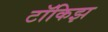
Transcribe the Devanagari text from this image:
टॉकिझ